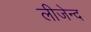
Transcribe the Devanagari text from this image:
लीजेन्द